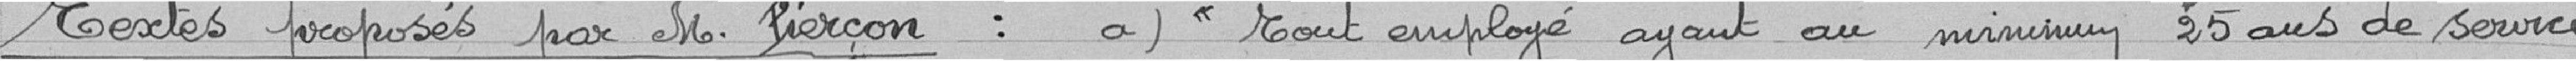
Textes proposés par M. Pierçon:   a)  ''  Tout employé ayant au minimum 25 ans de service